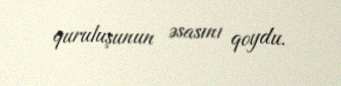
quruluşunun əsasını qoydu.